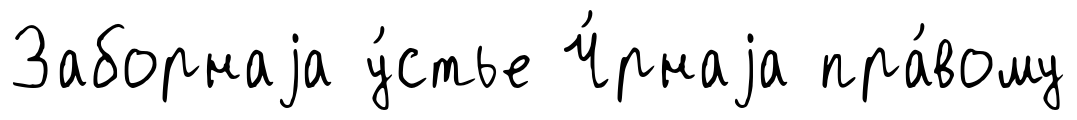
Заборнаjа у́стье Ч́рнаjа пра́вому